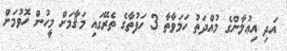
އަދި އިޢުލާންގެ މުއްދަތު ހަމަވާތާ 3 ހަފުތާގެ ތެރޭގައި މަޤާމަށް މީހުން ހޮވުމަށް